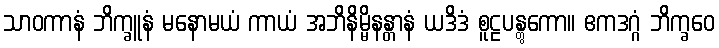
သာဝကာနံ ဘိက္ခူနံ မနောမယံ ကာယံ အဘိနိမ္မိနန္တာနံ ယဒိဒံ စူဠပန္တွကော။ ဧကဒဂ္ဂံ ဘိက္ခဝေ